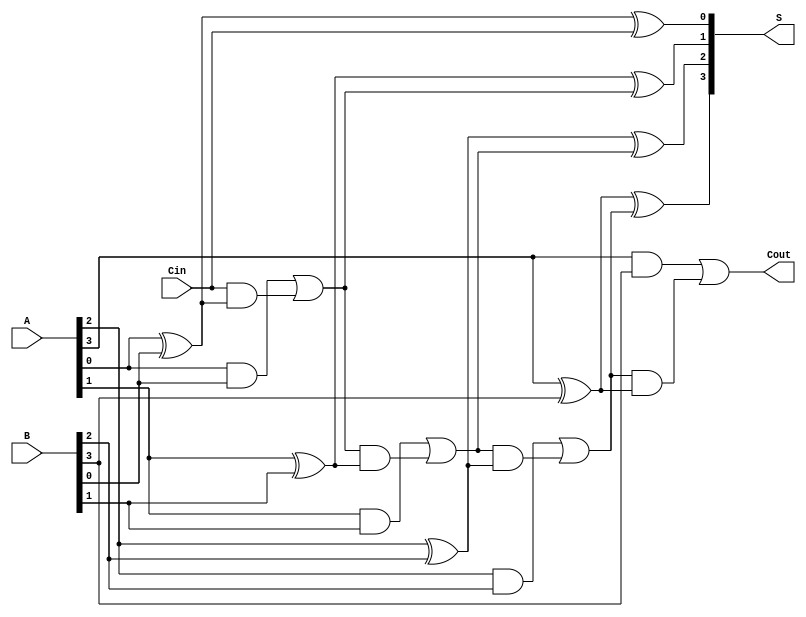
module ParallelFullAdder #(
    parameter n = 4 // You can change n to the desired number of bits
)(
    input  wire [n-1:0] A,     // First n-bit binary number
    input  wire [n-1:0] B,     // Second n-bit binary number
    input  wire Cin,            // Carry-in for the least significant bit
    output wire [n-1:0] S,      // n-bit Sum output
    output wire Cout            // Carry-out from the most significant bit
);

    // Internal wire to hold carry outputs from each full adder
    wire [n:0] carry; // We need n+1 carry wires for carry propagation

    assign carry[0] = Cin; // The first carry is the external carry-in

    // Generate full adders for each bit position
    genvar i;
    generate
        for (i = 0; i < n; i = i + 1) begin : full_adder
            // Sum output for bit i
            assign S[i] = A[i] ^ B[i] ^ carry[i];

            // Carry output for bit i
            assign carry[i + 1] = (A[i] & B[i]) | (carry[i] & (A[i] ^ B[i]));
        end
    endgenerate

    // Final carry-out is the carry from the last full adder
    assign Cout = carry[n];

endmodule